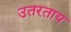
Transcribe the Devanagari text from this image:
उतरताय